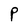
Character: P